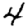
Digit: 4